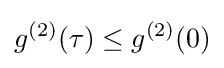
g^{(2)}(\tau )\leq g^{(2)}(0)